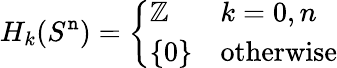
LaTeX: H_{k}(S^{\mathtt{n}})={\left\{ \begin{array}{ll}{\mathbb{Z}}&{k=0,n}\\ {\{ 0\} }&{{\mathrm{otherwise}}}\end{array}\right.}